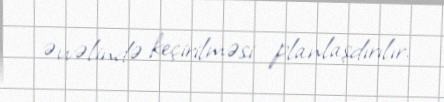
əvvəlində keçirilməsi planlaşdırılır.